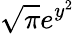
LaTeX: \sqrt{\pi}e^{y^{2}}